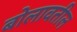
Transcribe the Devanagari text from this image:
बोलावतील